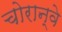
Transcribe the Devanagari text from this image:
चोरान्वे